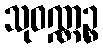
သုဝဏ္ဏဉ္စ